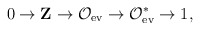
\begin{align*}0 \rightarrow {\bf Z} \rightarrow {\cal O}_{\rm ev} \rightarrow{\cal O}^*_{\rm ev} \rightarrow 1,\end{align*}